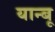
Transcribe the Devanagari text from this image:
यान्बू